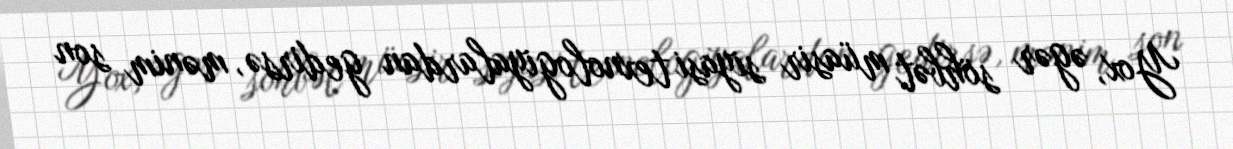
Yox, əgər söhbət müasir siyasi texnologiyalardan gedirsə, mənim son